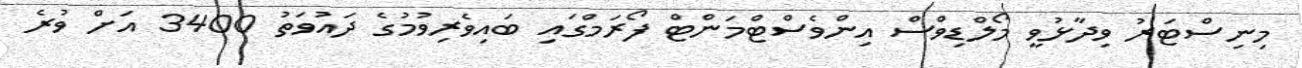
މިނިސްޓަރު ވިދާޅުވީ މޯލްޑިވްސް އިންވެސްޓްމަންޓް ފޯރަމްގައި ބައިވެރިވުމުގެ ދައުވަތު 3400 އަށް ވުރެ